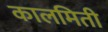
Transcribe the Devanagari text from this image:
कालमिती